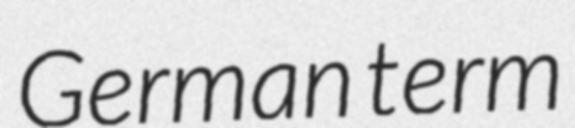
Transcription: German term